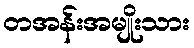
တအန်းအမျိုးသား